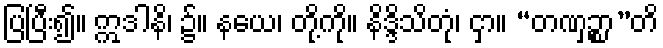
ပြပြီး၍။ ဣဒါနိ၊ ၌။ နယေ၊ တို့ကို။ နိဒ္ဒိသိတုံ၊ ငှာ။ “တဏှဉ္စာ”တိ